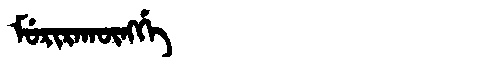
Manchu: ᠮᡠᡵᡳᡵᠠᡴᡡᠩᡤᡝ
Romanization: MURIRAKŪNGGE